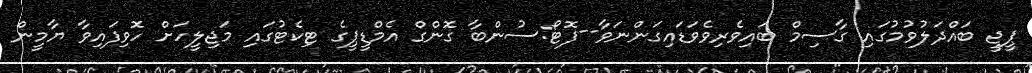
ޕީޖީ ބައްދަލުވުމުގައި ގާސިމް ބައިވެރިވެވަޑައިގަންނަވާ--ފޮޓޯ:ސުންބާ ގޮންގް އެމްޑީޕީގެ ޓިކެޓުގައި މަޖިލީހަށް ހޮވިފައިވާ ޔާމީން